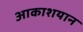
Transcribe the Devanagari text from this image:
आकाशयान